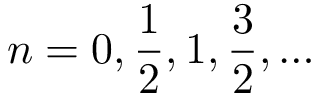
n = 0 , { \frac { 1 } { 2 } } , 1 , { \frac { 3 } { 2 } } , \ldots